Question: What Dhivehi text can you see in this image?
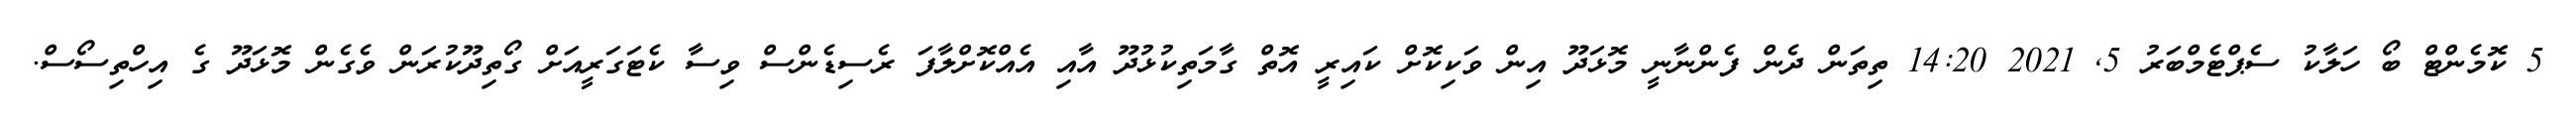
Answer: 5 ކޮމެންޓް ބޯ ހަލާކު ސެޕްޓެމްބަރު 5, 2021 14:20 ތިތަން ދެން ފެންނާނީ މޮޅަދޫ އިން ވަކިކޮށް ކައިރީ އޮތް ގާމަތިކުޅުދޫ އާއި އެއްކޮށްލާފަ ރެސިޑެންސް ވިސާ ކެޓަގަރީއަށް ގޯތިދޫކުރަން ވެގެން މޮޅަދޫ ގެ އިހްތިސޯސް.